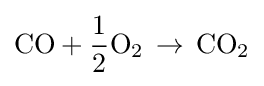
{\text{CO}}+{\frac {1}{2}}{\text{O}}_{2}\,\rightarrow \,{\text{CO}}_{2}